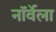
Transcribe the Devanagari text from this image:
नॉर्वेला